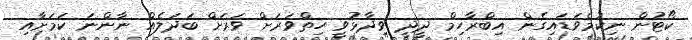
ކޯޓުން ނިކުމެވަޑައިގެން އިބްރާހިމް ދީދީ ވިދާޅުވީ ހިތްވަރަށް ވަރަށް ބަދަލެއް ނާންނަ ކަމަށާއި